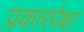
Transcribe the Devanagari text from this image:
प्रकारपेक्षा